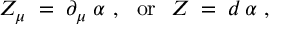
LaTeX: Z _ { \mu } \; = \; \partial _ { \mu } \; \alpha ~ , ~ ~ \mathrm { o r } ~ ~ Z \; = \; d \, \alpha ~ ,